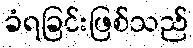
ခံရခြင်းဖြစ်သည်